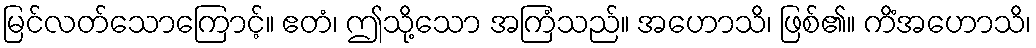
မြင်လတ်သောကြောင့်။ ဧတံ၊ ဤသို့သော အကြံသည်။ အဟောသိ၊ ဖြစ်၏။ ကိံအဟောသိ၊